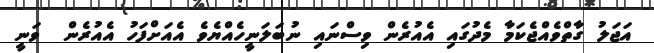
އަޖަލު ގާތްވެއްޖެކަމާ މެދުގައި އެއުރެން ވިސްނައި ނުބަލަނީހެއްޔެވެ އެއަށްފަހު އެއުރެން  ވަނީ